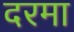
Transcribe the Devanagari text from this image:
दरमा